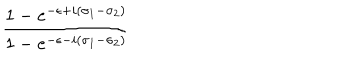
LaTeX: \frac { 1 - e ^ { - \epsilon + i ( \sigma _ { 1 } - \sigma _ { 2 } ) } } { 1 - e ^ { - \epsilon - i ( \sigma _ { 1 } - \sigma _ { 2 } ) } }